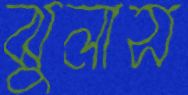
ঝুলাস